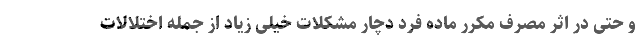
و حتی در اثر مصرف مکرر ماده فرد دچار مشکلات خیلی زیاد از جمله اختلالات